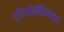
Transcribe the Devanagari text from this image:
एथिओमॉजिस्ट्स